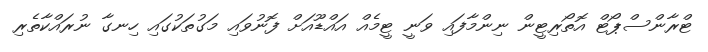
ޓްރާންސްޕޯޓް އޮތޯރިޓީން ނިންމާފައި ވަނީ ޓީމެއް އައްޑޫއަށް ފޮނުވައި މަގުތަކުގައި ހިނގާ ނުރައްކާތެރި